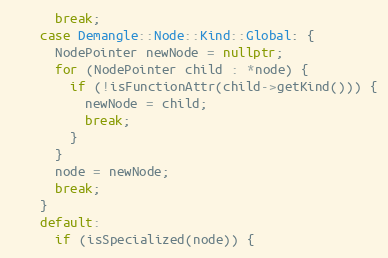
Language: C++
      break;
    case Demangle::Node::Kind::Global: {
      NodePointer newNode = nullptr;
      for (NodePointer child : *node) {
        if (!isFunctionAttr(child->getKind())) {
          newNode = child;
          break;
        }
      }
      node = newNode;
      break;
    }
    default:
      if (isSpecialized(node)) {